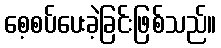
စေ့စပ်ပေးခဲ့ခြင်းဖြစ်သည်။